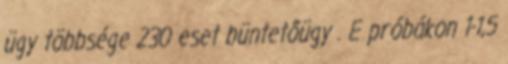
ügy többsége 230 eset büntetőügy . E próbákon 1-1,5